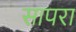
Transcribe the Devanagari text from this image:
सापरा